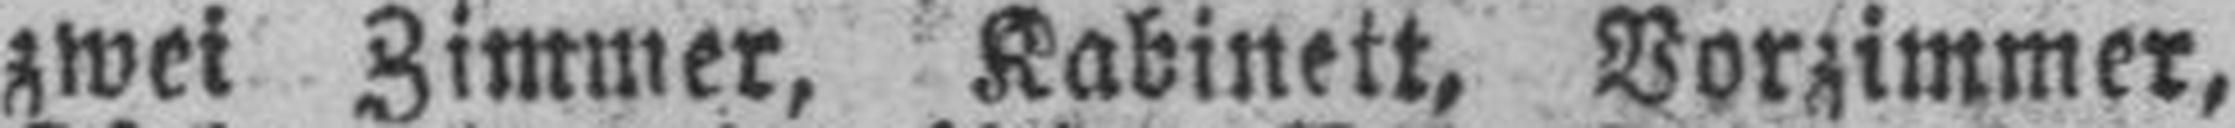
zwei Zimmer, Kabinett, Vorzimmer,